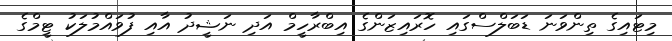
މިޓައިގެ ތިންވަނަ ޑަބަލްސްގައި ހޮރައިޒަންގެ އިބްރާހީމް އަދި ނަޝީދު އާއި ފުވައްމުލަކު ޓީމްގެ